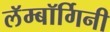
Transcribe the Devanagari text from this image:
लॅम्बॉर्गिनी